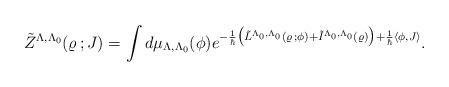
LaTeX: \begin{align*}\tilde{Z}^{\Lambda ,\Lambda _0} (\varrho \, ;J) = \int d\mu _{\Lambda ,\Lambda _0}(\phi ) e^{- \frac{1}{\hbar} \bigl (\tilde{L}^{\Lambda _0,\Lambda _0}(\varrho \, ;\phi ) + \tilde {I}^{\Lambda_0, \Lambda_0}(\varrho ) \bigr ) +\frac{1}{\hbar}\langle \phi , J \rangle } .\end{align*}